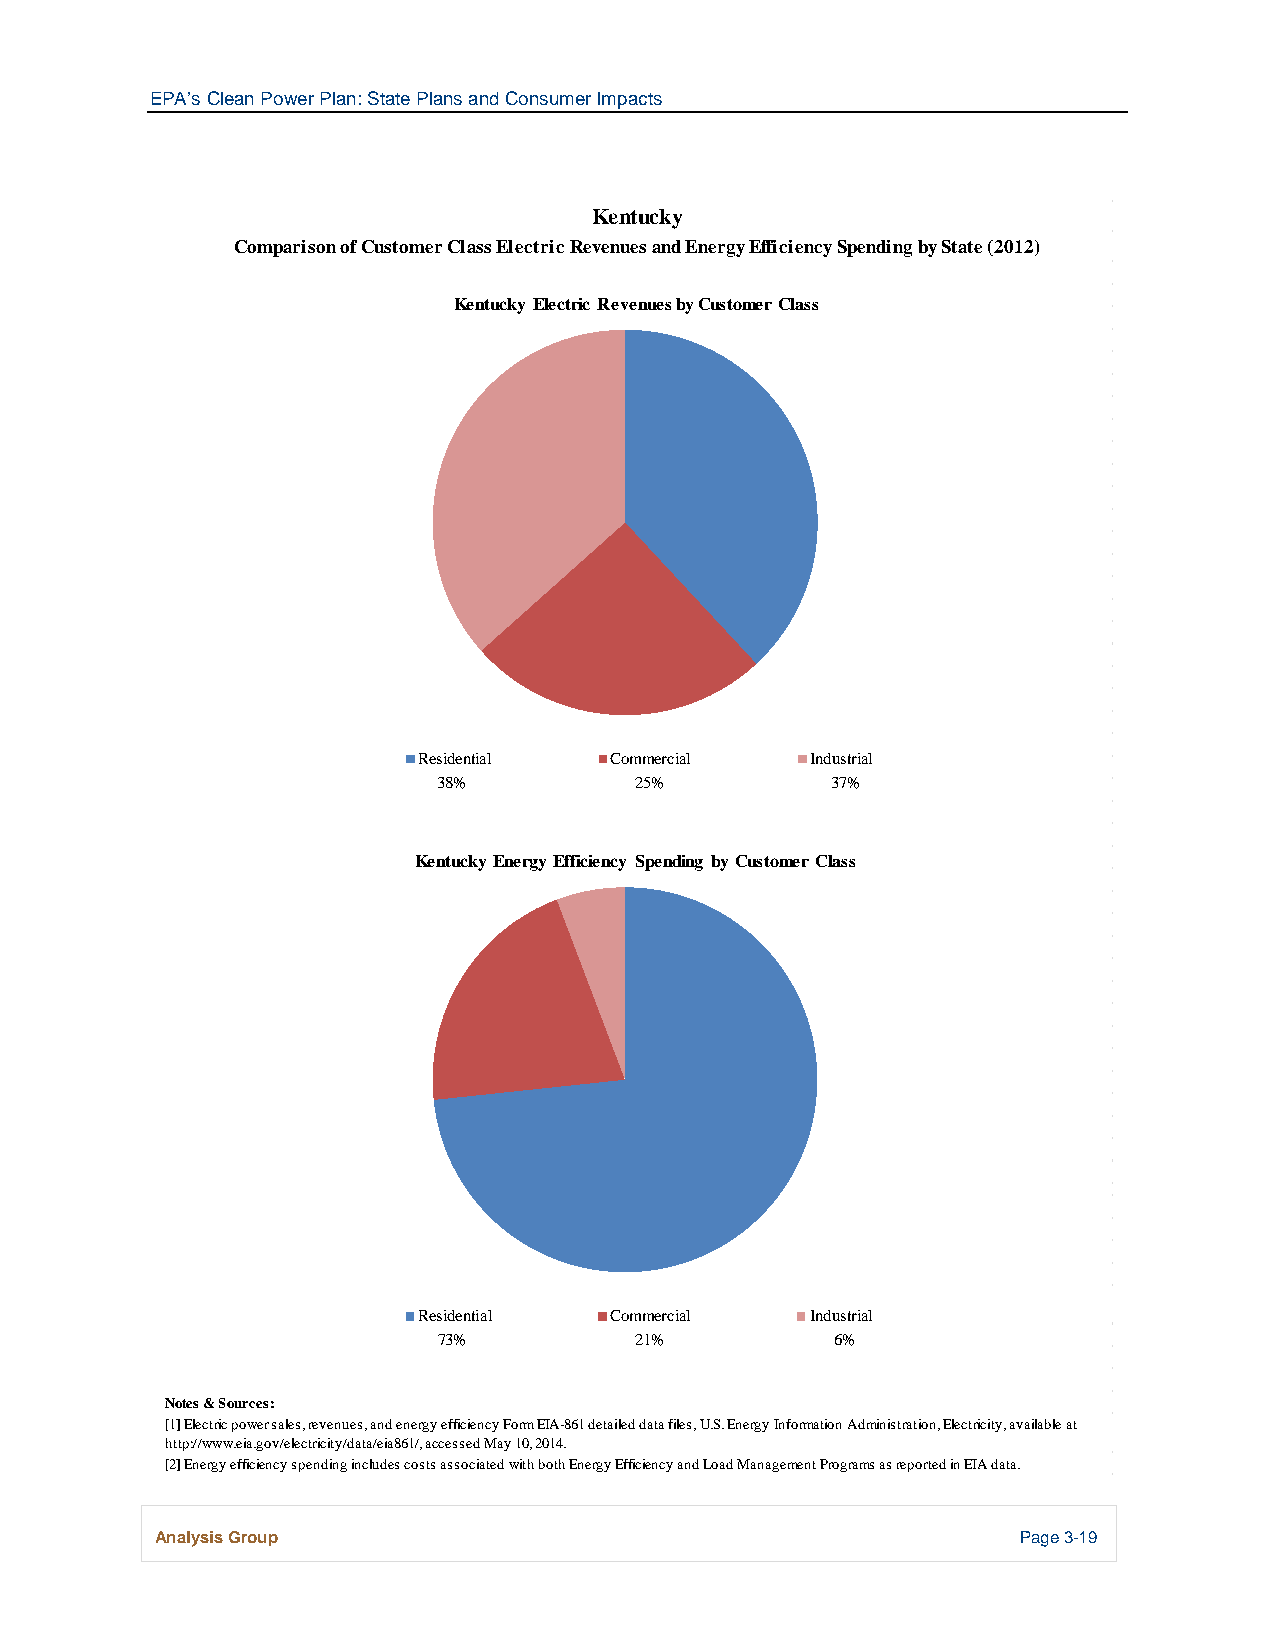
EPA’s Clean Power Plan: State Plans and Consumer Impacts
 Kentucky
 Comparison of Customer Class Electric Revenues and Energy Efficiency Spending by State (2012)
 Kentucky Electric Revenues by Customer Class
 Residential Commercial    Industrial
 38%          25%          37%
 Kentucky Energy Efficiency Spending by Customer Class
 Residential Commercial    Industrial
 73%          21%          6%
 Notes & Sources:
 [1] Electric power sales, revenues, and energy efficiency Form EIA-861 detailed data files, U.S. Energy Information Administration, Electricity, available at
 http://www.eia.gov/electricity/data/eia861/, accessed May 10, 2014.
 [2] Energy efficiency spending includes costs associated with both Energy Efficiency and Load Management Programs as reported in EIA data.
 Analysis Group                                            Page 3-19